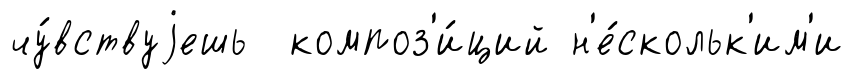
чу́вствуjешь композ'и́ций н'е́скольк'им'и